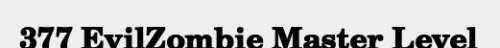
377 EvilZombie Master Level